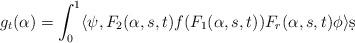
LaTeX: \begin{align*}g_t (\alpha) = \int_0 ^1 \langle \psi , F_2 ( \alpha, s, t ) f ( F_1 ( \alpha, s, t) ) F_r ( \alpha, s, t ) \phi \rangle \d s\end{align*}